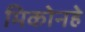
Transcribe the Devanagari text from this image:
मिकोनहे